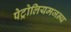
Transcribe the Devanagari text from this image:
पेट्रोलियमजन्य